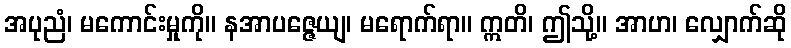
အပုညံ၊ မကောင်းမှုကို။ နအာပဇ္ဇေယျ၊ မရောက်ရာ။ ဣတိ၊ ဤသို့။ အာဟ၊ လျှောက်ဆို